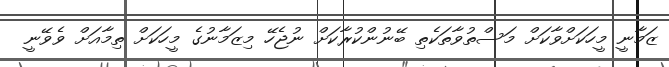
ޒަމާނީ މީހަކަށްވާކަށް މަސްތުވާތަކެތި ބޭނުންކުރާކަށް ނުޖެހޭ މިޒަމާނުގެ މީހަކަށް ތިމާއަށް ވެވޭނީ